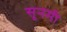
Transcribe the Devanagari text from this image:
सूनमी